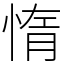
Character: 惰